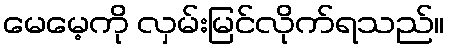
မေမေ့ကို လှမ်းမြင်လိုက်ရသည်။